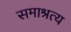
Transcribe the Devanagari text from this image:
समाश्रत्य